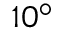
1 0 ^ { \circ }